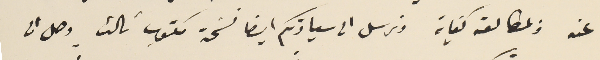
عنه ولمطالعته كفاية ونرسل الى سيادتكم ايضا نسَخة مكتوب ثالث وصل الى